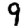
Digit: 9